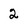
Character: 2